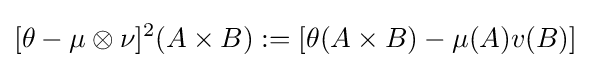
[\theta -\mu \otimes \nu ]^{2}(A\times B):=[\theta (A\times B)-\mu (A)v(B)]